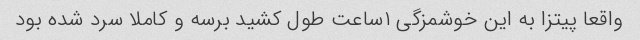
واقعا پیتزا به این خوشمزگی ۱ساعت طول کشید برسه و کاملا سرد شده بود